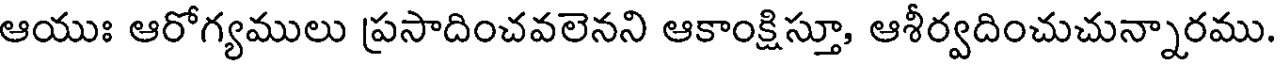
ఆయుః ఆరోగ్యములు ప్రసాదించవలెనని ఆకాంక్షిస్తూ, ఆశీర్వదించుచున్నారము.